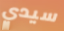
سيدي